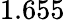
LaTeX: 1.655